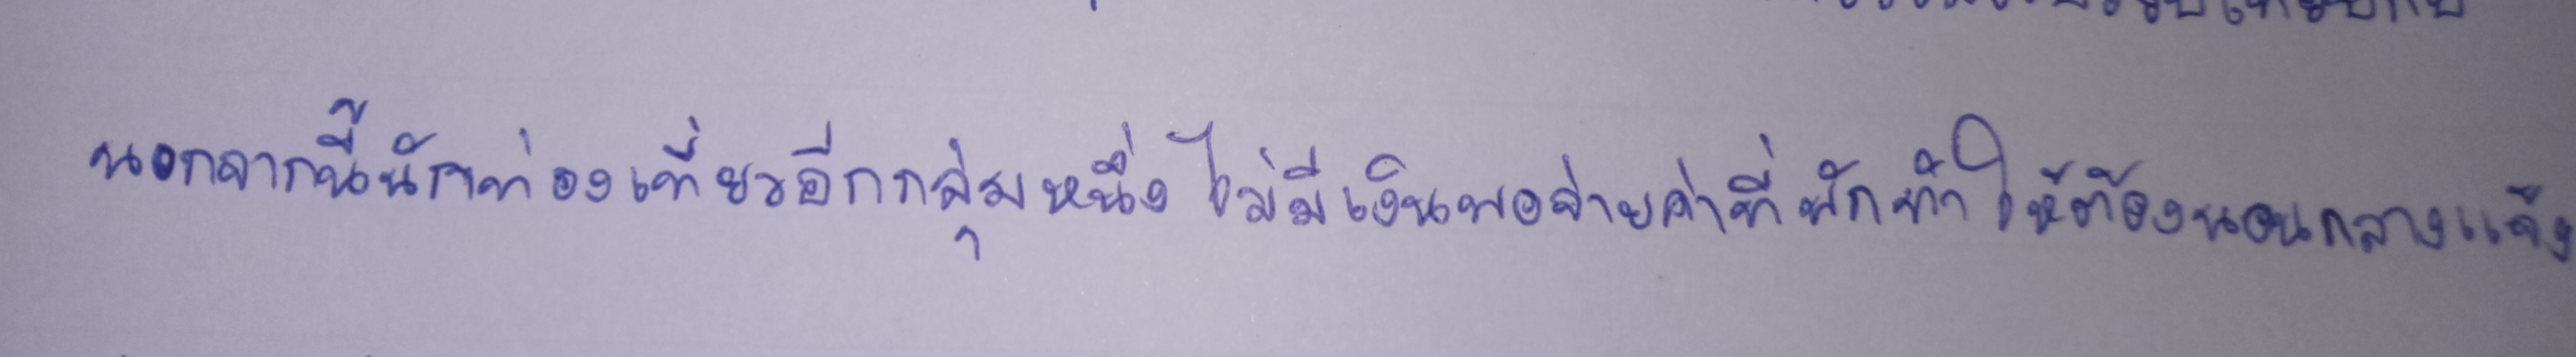
นอกจากนี้นักท่องเที่ยวอีกกลุ่มหนึ่งไม่มีเงินพอจ่ายค่าที่พักทำให้ต้องนอนกลางแจ้ง